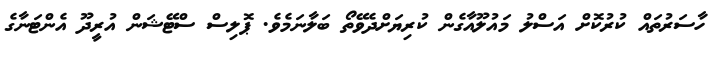
ހާސަރުތައް ކުރުކޮށް އަސްލު މައުލޫއާގެން ކުރިޔަށްދެވޭތޯ ބަލާނަމެވެ. ޕޮލިސް ސްޓޭޝަން އުރީދޫ އެންޓަނާގެ